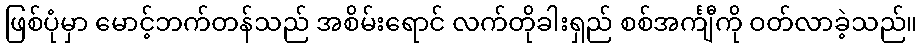
ဖြစ်ပုံမှာ မောင့်ဘက်တန်သည် အစိမ်းရောင် လက်တိုခါးရှည် စစ်အင်္ကျီကို ဝတ်လာခဲ့သည်။